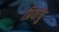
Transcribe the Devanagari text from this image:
प्रियांषु